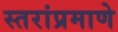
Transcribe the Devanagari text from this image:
स्तरांप्रमाणे